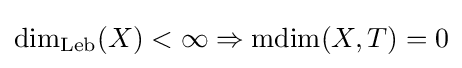
\textstyle \dim _{\mathrm {Leb} }(X)<\infty \Rightarrow \operatorname {mdim} (X,T)=0